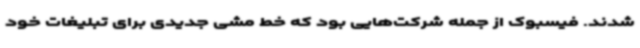
شدند. فیسبوک از جمله شرکت‌هایی بود که خط‌ مشی جدیدی برای تبلیغات خود